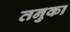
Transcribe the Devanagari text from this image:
तनुका